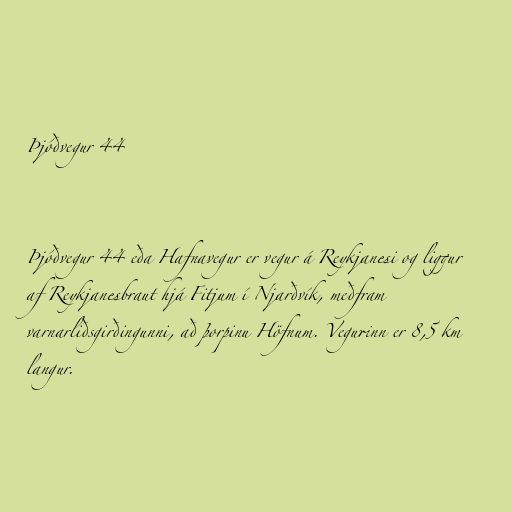
Þjóðvegur 44

Þjóðvegur 44 eða Hafnavegur er vegur á Reykjanesi og liggur
af Reykjanesbraut hjá Fitjum í Njarðvík, meðfram
varnarliðsgirðingunni, að þorpinu Höfnum. Vegurinn er 8,5 km
langur.